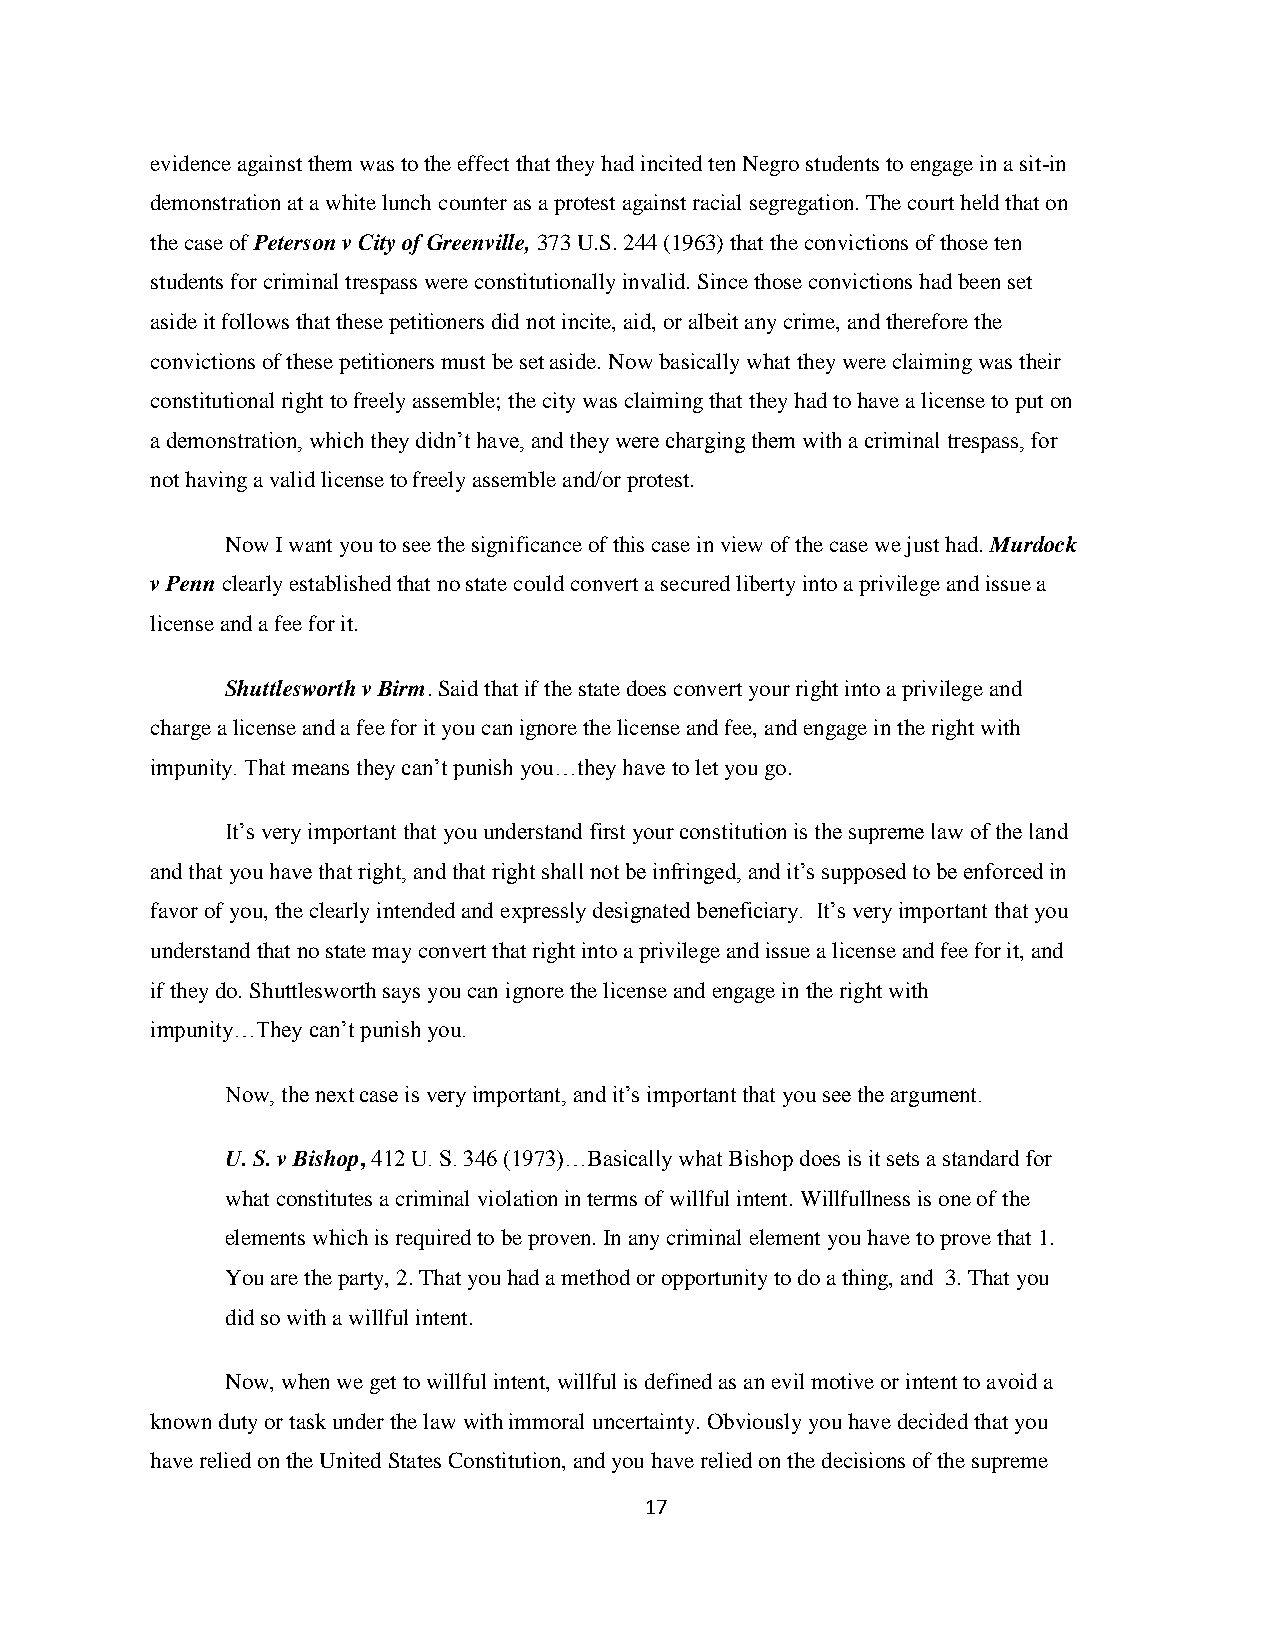
evidence against them was to the effect that they had incited ten Negro students to engage in a sit-in
 demonstration at a white lunch counter as a protest against racial segregation. The court held that on
 the case of Peterson v City of Greenville, 373 U.S. 244 (1963) that the convictions of those ten
 students for criminal trespass were constitutionally invalid. Since those convictions had been set
 aside it follows that these petitioners did not incite, aid, or albeit any crime, and therefore the
 convictions of these petitioners must be set aside. Now basically what they were claiming was their
 constitutional right to freely assemble; the city was claiming that they had to have a license to put on
 a demonstration, which they didn‟t have, and they were charging them with a criminal trespass, for
 not having a valid license to freely assemble and/or protest.
 Now I want you to see the significance of this case in view of the case we just had. Murdock
 v Penn clearly established that no state could convert a secured liberty into a privilege and issue a
 license and a fee for it.
 Shuttlesworth v Birm. Said that if the state does convert your right into a privilege and
 charge a license and a fee for it you can ignore the license and fee, and engage in the right with
 impunity. That means they can‟t punish you…they have to let you go.
 It‟s very important that you understand first your constitution is the supreme law of the land
 and that you have that right, and that right shall not be infringed, and it‟s supposed to be enforced in
 favor of you, the clearly intended and expressly designated beneficiary. It‟s very important that you
 understand that no state may convert that right into a privilege and issue a license and fee for it, and
 if they do. Shuttlesworth says you can ignore the license and engage in the right with
 impunity…They can‟t punish you.
 Now, the next case is very important, and it‟s important that you see the argument.
 U. S. v Bishop, 412 U. S. 346 (1973)…Basically what Bishop does is it sets a standard for
 what constitutes a criminal violation in terms of willful intent. Willfullness is one of the
 elements which is required to be proven. In any criminal element you have to prove that 1.
 You are the party, 2. That you had a method or opportunity to do a thing, and 3. That you
 did so with a willful intent.
 Now, when we get to willful intent, willful is defined as an evil motive or intent to avoid a
 known duty or task under the law with immoral uncertainty. Obviously you have decided that you
 have relied on the United States Constitution, and you have relied on the decisions of the supreme
 17